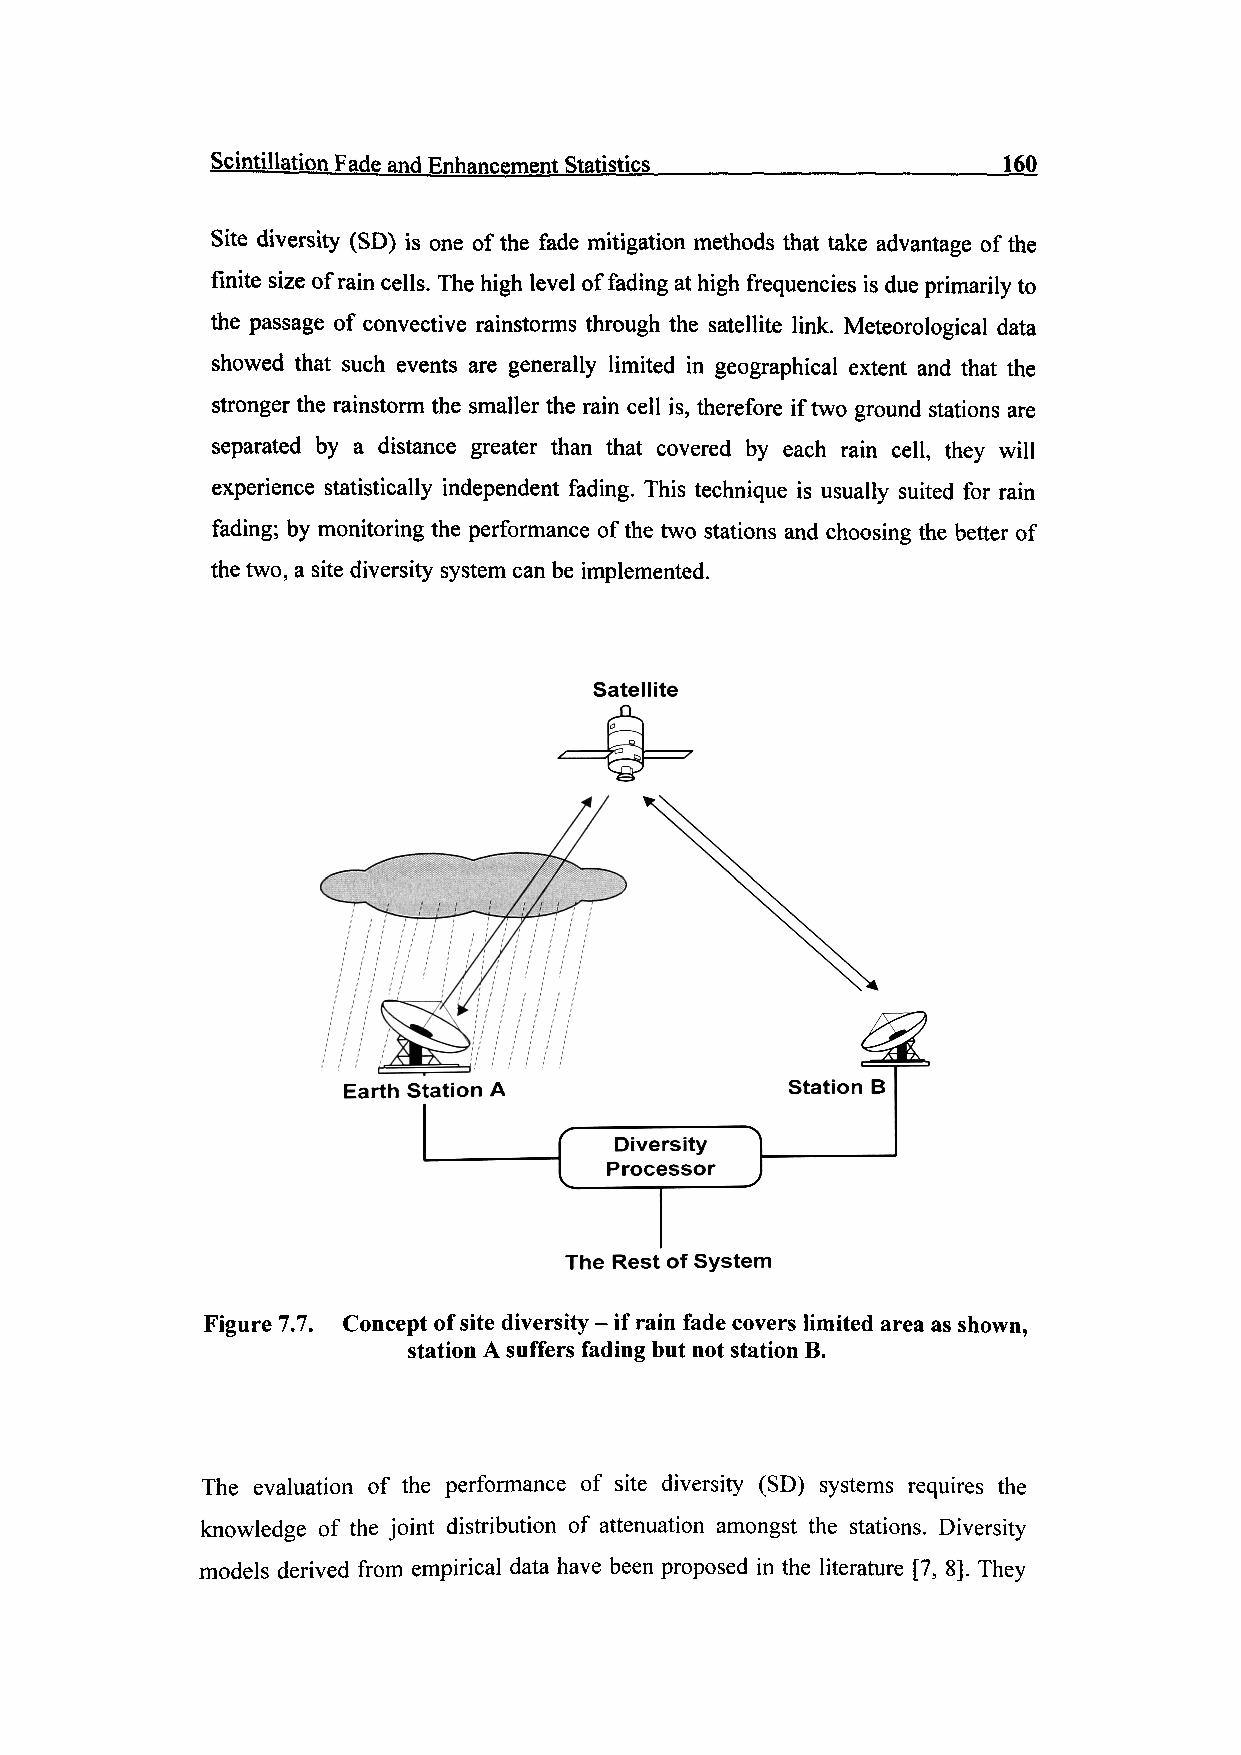
Scintillation Fade and Enhancement Statistics^      160
 Site diversity (SD) is one of the fade mitigation methods that take advantage of the
 finite size of rain cells. The high level of fading at high frequencies is due primarily to
 the passage of convective rainstorms through the satellite link. Meteorological data
 showed that such events are generally limited in geographical extent and that the
 stronger the rainstorm the smaller the rain cell is, therefore if two ground stations are
 separated by a distance greater than that covered by each rain cell, they will
 experience statistically independent fading. This technique is usually suited for rain
 fading; by monitoring the performance of the two stations and choosing the better of
 the two, a site diversity system can be implemented.
 Satellite
 Diversity
 Processor
 The Rest of System
 Figure 7.7. Concept of site diversity - if rain fade covers limited area as shown,
 station A suffers fading but not station B.
 The evaluation of the performance of site diversity (SD) systems requires the
 knowledge of the joint distribution of attenuation amongst the stations. Diversity
 models derived from empirical data have been proposed in the literature [7, 8]. They